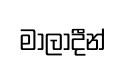
මාලාදීන්